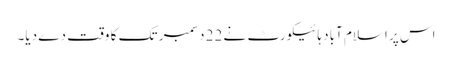
اس پر اسلام آباد ہائیکورٹ نے 22 دسمبر تک کا وقت دے دیا۔